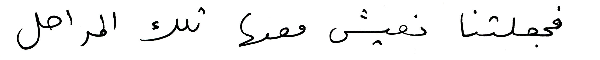
فجعلتنا نعيش معها تلك المراحل